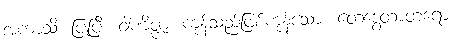
အကာသိ၊ ပြုပြီ။ ဝါဏိဇ္ဇာ၊ ကုန်သည်ဖြစ်ကုန်သော။ တေဒွေတာတရော၊